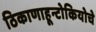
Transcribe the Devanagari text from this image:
ठिकाणाहून्टोकियोचे